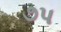
૭પ